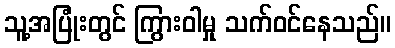
သူ့အပြုံးတွင် ကြွားဝါမှု သက်ဝင်နေသည်။